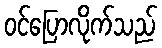
ဝင်ပြောလိုက်သည်